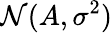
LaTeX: {\mathcal{N}}(A,\sigma^{2})